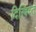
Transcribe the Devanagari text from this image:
दिस्त्रिच्त